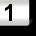
Digit: 1